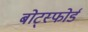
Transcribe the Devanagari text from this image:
बोट्स्फोर्ड